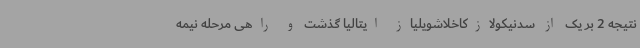
نتیجه 2 بر یک از سدنیکولازکاخلاشویلیاز ایتالیا گذشت و راهی مرحله نیمه